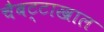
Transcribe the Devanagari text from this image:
चैबट्टाखाल